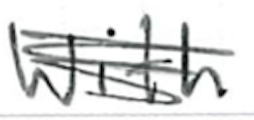
Text: with
Cross-out: scratch
Writing tool: ballpoint